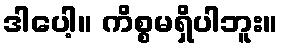
ဒါပေါ့။ ကိစ္စမရှိပါဘူး။